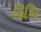
દિધિ